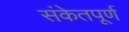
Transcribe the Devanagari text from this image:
संकेतपूर्ण